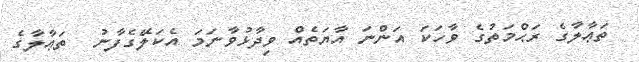
ތަޢާލާގެ ރަޙްމަތުގެ ވާހަކަ އަންނަ އާޔަތެއް ވިދާޅުވާނަމަ އެކަލޭގެފާނު  ތަޢާލާގެ